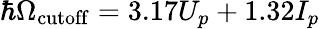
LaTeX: \hbar\Omega_{\mathrm{cutoff}}=3.17U_{p}+1.32I_{p}